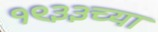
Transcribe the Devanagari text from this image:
१९३३च्या